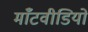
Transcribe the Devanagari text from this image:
माँटवीडियो